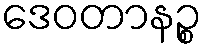
ဒေဝတာနဉ္စ